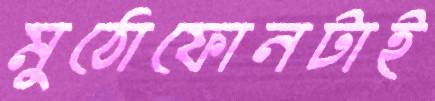
মুঠোফোনটাই